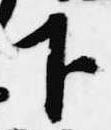
下